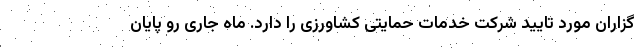
گزاران مورد تایید شرکت خدمات حمایتی کشاورزی را دارد. ماه جاری رو پایان